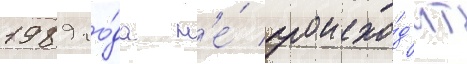
1989 го́да н'е́ происхо́д'ит